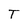
Character: T